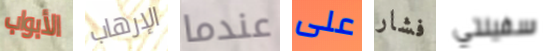
الأبواب الإرهاب عندما على فشار سفينتي